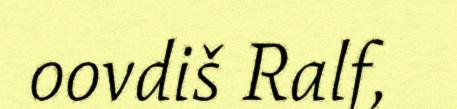
oovdiš Ralf,